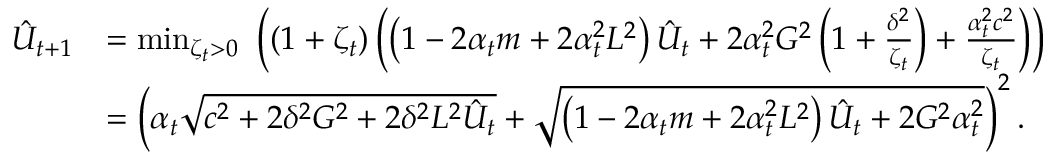
\begin{array} { r l } { \hat { U } _ { t + 1 } } & { = \operatorname* { m i n } _ { \zeta _ { t } > 0 } \, \, \left( \left( 1 + \zeta _ { t } \right) \left( \left( 1 - 2 \alpha _ { t } m + 2 \alpha _ { t } ^ { 2 } L ^ { 2 } \right) \hat { U } _ { t } + 2 \alpha _ { t } ^ { 2 } G ^ { 2 } \left( 1 + \frac { \delta ^ { 2 } } { \zeta _ { t } } \right) + \frac { \alpha _ { t } ^ { 2 } c ^ { 2 } } { \zeta _ { t } } \right) \right) } \\ & { = \left( \alpha _ { t } \sqrt { c ^ { 2 } + 2 \delta ^ { 2 } G ^ { 2 } + 2 \delta ^ { 2 } L ^ { 2 } \hat { U } _ { t } } + \sqrt { \left( 1 - 2 \alpha _ { t } m + 2 \alpha _ { t } ^ { 2 } L ^ { 2 } \right) \hat { U } _ { t } + 2 G ^ { 2 } \alpha _ { t } ^ { 2 } } \right) ^ { 2 } . } \end{array}